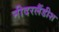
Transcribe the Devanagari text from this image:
नीदरलैंडीश